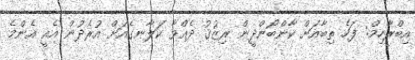
އިބްރާހިމް: ފަހެ ތިބާއަށް ކާންބޯންދީން ރިޒުޤު ދެއްވާ ކަލާނގެއަށް އުރެދުން އެއީ އެންމެ